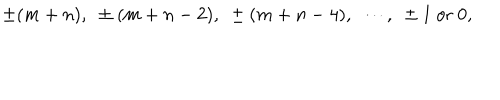
\pm ( m + n ) , ~ \pm ( m + n - 2 ) , ~ \pm ( m + n - 4 ) , ~ \cdots , ~ \pm 1 ~ \mathrm { o r } ~ 0 ,